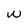
Character: w